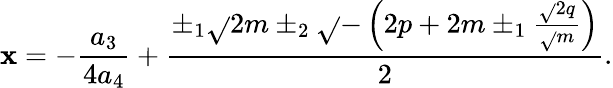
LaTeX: \mathbf{x}=-{\frac{{a_{3}}}{{4a_{4}}}}+{\frac{{\pm_{1}{\sqrt{}{{2m}}}\pm_{2}{\sqrt{}{{-\left(2p+2m\pm_{1}{\frac{{{\sqrt{}{{2}}}q}}{{\sqrt{}{{m}}}}}\right)}}}}}{{2}}}.